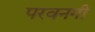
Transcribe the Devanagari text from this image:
परवनगी